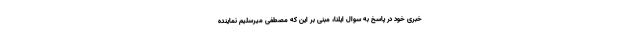
خبری خود در پاسخ به سوال ایلنا، مبنی بر این که مصطفی میرسلیم نماینده